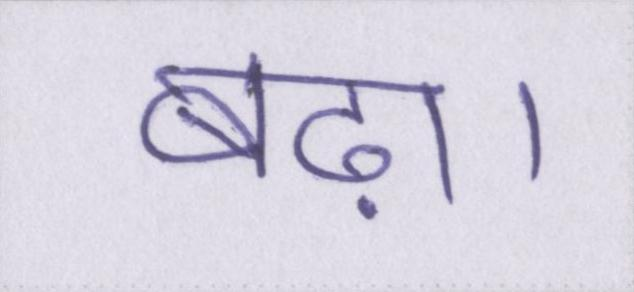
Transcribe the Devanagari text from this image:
बढ़ा।